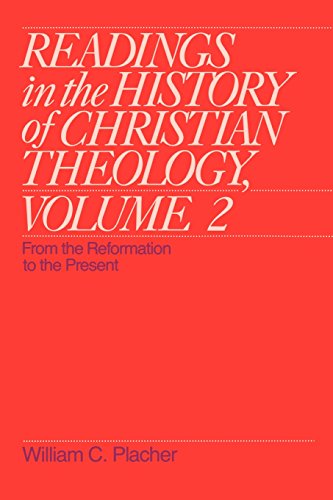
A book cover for Readings in the History of Christian Theology, Volume 2: From the Reformation to the Present (Readings in the History of Christian Theology Vol. II); William C. Placher; Christian Books & Bibles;